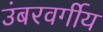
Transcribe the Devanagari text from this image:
उंबरवर्गीय